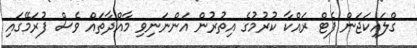
ގްލައިކަޖަން ފެޓް ރައްކާ ކުރުމުގެ އިތުރުން އަންނަނިވި މާއްދާތައް ވެސް ފުރަމޭގައި